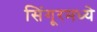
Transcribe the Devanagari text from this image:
सिंगूरमध्ये